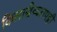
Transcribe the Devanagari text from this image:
किलासेव्वलपट्टी